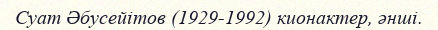
Суат Әбусейітов (1929-1992) кионактер, әнші.